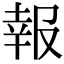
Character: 報